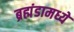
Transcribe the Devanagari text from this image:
ब्रह्मंडामध्ये